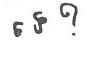
ទេ ?